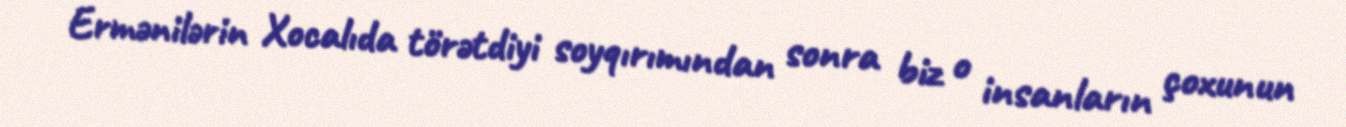
Ermənilərin Xocalıda törətdiyi soyqırımından sonra biz o insanların çoxunun